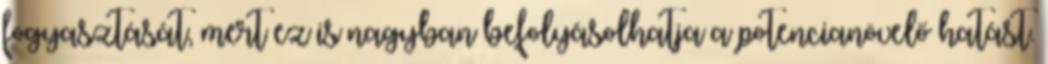
fogyasztását, mert ez is nagyban befolyásolhatja a potencianövelő hatást.